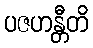
ပဇဟန္တီတိ